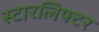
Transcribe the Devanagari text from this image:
स्टारलिफ्टर